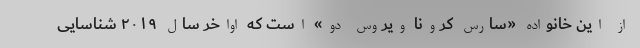
از این خانواده «سارس کرونا ویروس دو» است که اواخر سال ۲۰۱۹ شناسایی